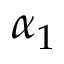
\alpha _ { 1 }